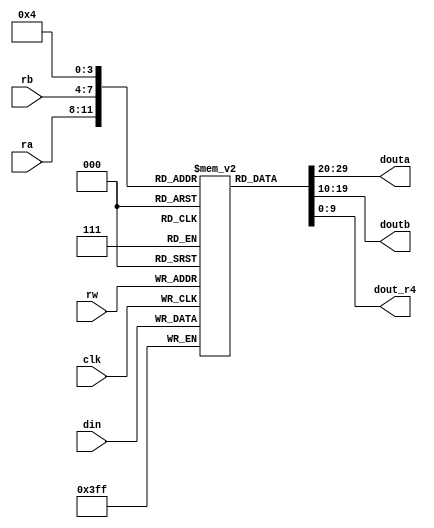
module regfile (
   input        clk,
   input  [3:0] rw,
   input  [3:0] ra,
   input  [3:0] rb,
   input  [9:0] din,
   output [9:0] douta,
   output [9:0] doutb,
	output [9:0] dout_r4
   );
   
   reg [9:0] reg_array [0:15];
	
	// r0: stores 1
	// r1: stores 10
	// r2: stores 100
	// r3: stores 4 (for shifting)
	// r4: stores amount paid
	
	always @(posedge clk)
		reg_array[rw] <= din;
	
	assign douta   = reg_array[ra];
	assign doutb   = reg_array[rb];
	assign dout_r4 = reg_array[4];
		
endmodule